Vaccination in Burma 1900-1911 - 1900-1911
Year: 1900
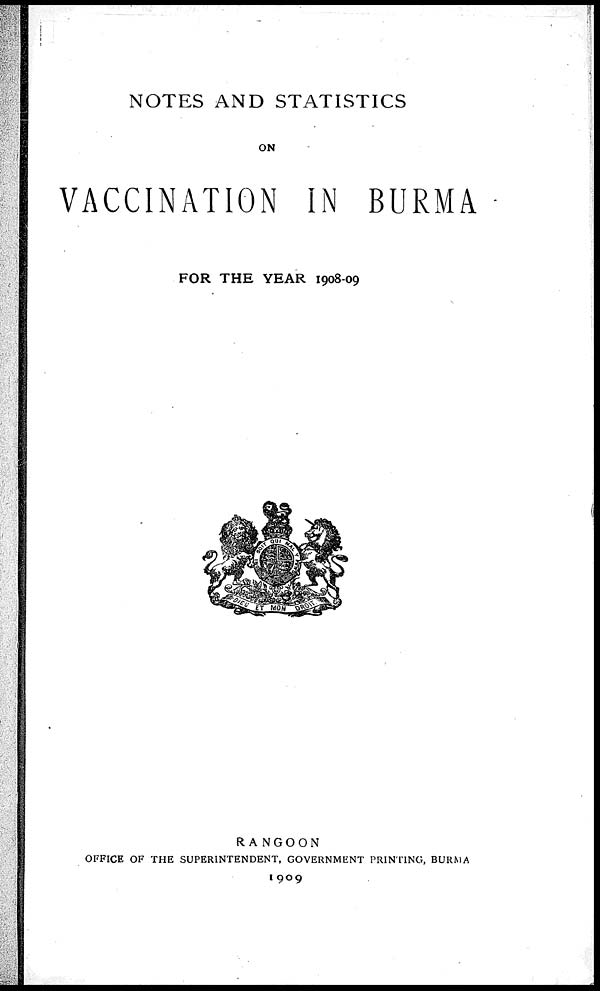
NOTES AND STATISTICS
ON
VACCINATION IN BURMA
FOR THE YEAR 1908-09
RANGOON
OFFICE OF THE SUPERINTENDENT, GOVERNMENT PRINTING, BURMA
1909